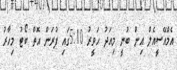
އެމްއޭސީއެލް އިން ބުނީ މިއަދު ހަވީރު 5:10ގައި ފުރަން އޮތް ބޯޓު މިހާރު